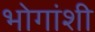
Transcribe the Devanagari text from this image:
भोगांशी